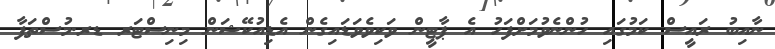
ނާއިބު ރައީސް ކަމުގައި ހުންނެވުމަށްފަހު އެ ޕާޓީން ވަކިވެވަޑައިގެން އެޑިއުކޭޝަން މިނިސްޓަރ ޑރ.މުސްތަފާ